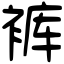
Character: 裤